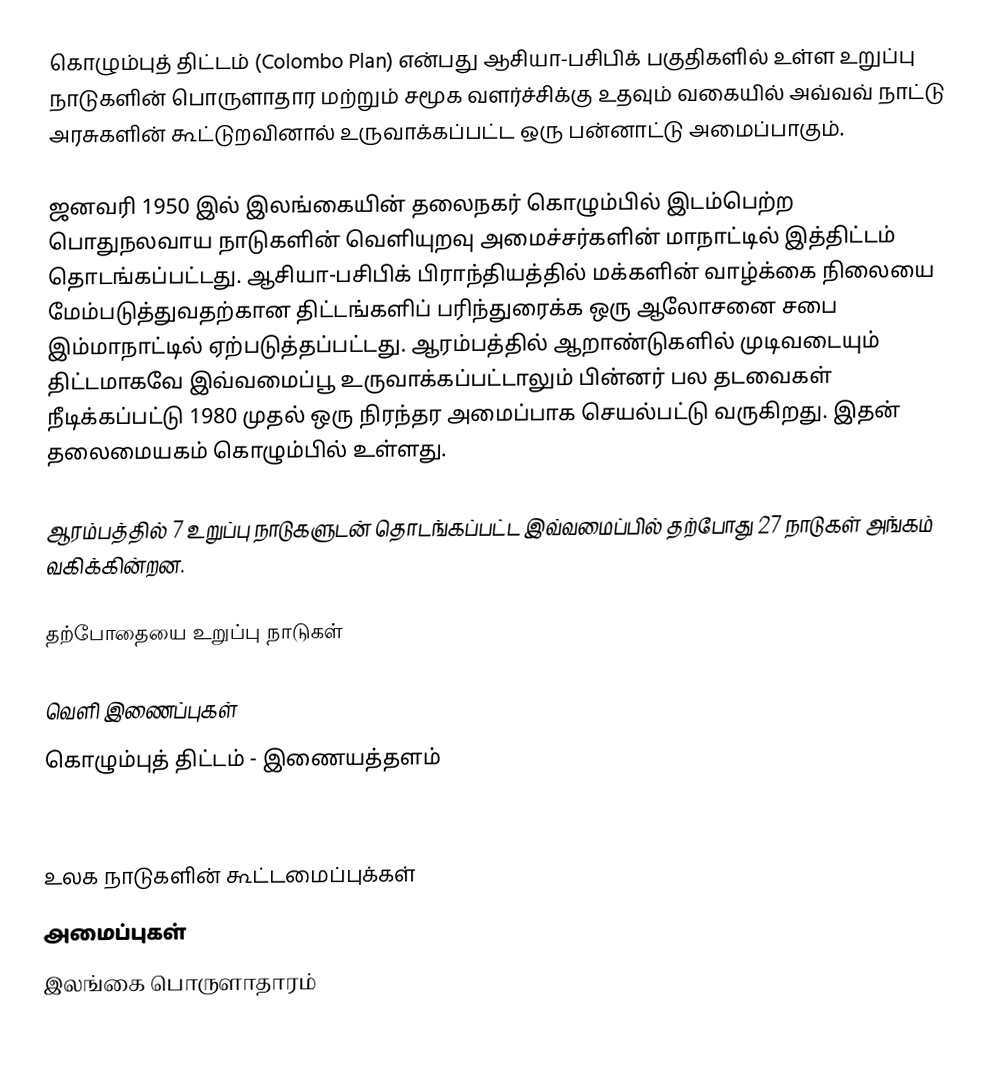
கொழும்புத் திட்டம் (Colombo Plan) என்பது ஆசியா-பசிபிக் பகுதிகளில் உள்ள உறுப்பு நாடுகளின் பொருளாதார மற்றும் சமூக வளர்ச்சிக்கு உதவும் வகையில் அவ்வவ் நாட்டு அரசுகளின் கூட்டுறவினால் உருவாக்கப்பட்ட ஒரு பன்னாட்டு அமைப்பாகும்.

ஜனவரி 1950 இல் இலங்கையின் தலைநகர் கொழும்பில் இடம்பெற்ற பொதுநலவாய நாடுகளின் வெளியுறவு அமைச்சர்களின் மாநாட்டில் இத்திட்டம் தொடங்கப்பட்டது. ஆசியா-பசிபிக் பிராந்தியத்தில் மக்களின் வாழ்க்கை நிலையை மேம்படுத்துவதற்கான திட்டங்களிப் பரிந்துரைக்க ஒரு ஆலோசனை சபை இம்மாநாட்டில் ஏற்படுத்தப்பட்டது. ஆரம்பத்தில் ஆறாண்டுகளில் முடிவடையும் திட்டமாகவே இவ்வமைப்பூ உருவாக்கப்பட்டாலும் பின்னர் பல தடவைகள் நீடிக்கப்பட்டு 1980 முதல் ஒரு நிரந்தர அமைப்பாக செயல்பட்டு வருகிறது. இதன் தலைமையகம் கொழும்பில் உள்ளது.

ஆரம்பத்தில் 7 உறுப்பு நாடுகளுடன் தொடங்கப்பட்ட இவ்வமைப்பில் தற்போது 27 நாடுகள் அங்கம் வகிக்கின்றன.

தற்போதையை உறுப்பு நாடுகள்

வெளி இணைப்புகள்
 கொழும்புத் திட்டம் - இணையத்தளம்

உலக நாடுகளின் கூட்டமைப்புக்கள்
அமைப்புகள்
இலங்கை பொருளாதாரம்